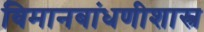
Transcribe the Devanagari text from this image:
विमानबांधणीशास्त्र